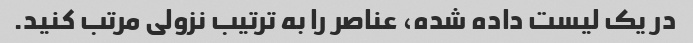
در یک لیست داده شده، عناصر را به ترتیب نزولی مرتب کنید.